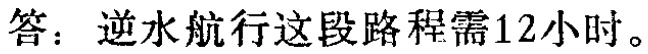
答：逆水航行这段路程需12小时。